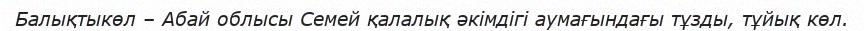
Балықтыкөл – Абай облысы Семей қалалық әкімдігі аумағындағы тұзды, тұйық көл.